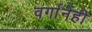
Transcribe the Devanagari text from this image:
वर्गानेही